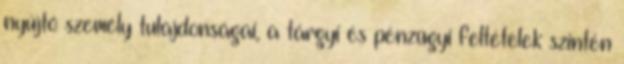
nyújtó személy tulajdonságai, a tárgyi és pénzügyi feltételek szintén